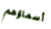
أسماؤهم